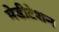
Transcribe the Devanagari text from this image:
मेडीटेशन